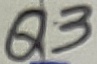
Text: Q3